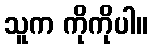
သူက ကိုကိုပါ။